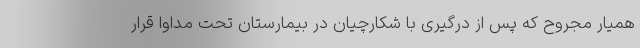
همیار مجروح که پس از درگیری با شکارچیان در بیمارستان تحت مداوا قرار